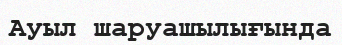
Ауыл шаруашылығында